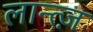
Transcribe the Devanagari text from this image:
लान्त्ज़